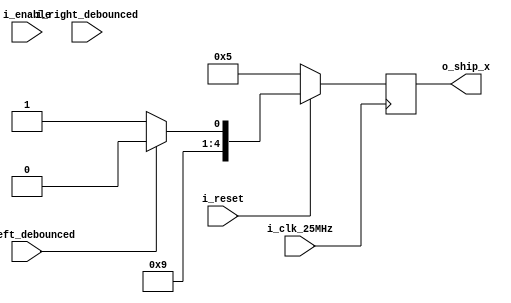
// Copyright (c) 2017-2018 Roland Coeurjoly
// This program is GPL Licensed. See LICENSE for the full license.

module ship(
	    input wire       i_clk_25MHz,
	    input wire       i_reset, //synchronous i_reset
	    input wire       i_left_debounced,
	    input wire       i_right_debounced,
	    input wire       i_enable,
	    output reg [4:0] o_ship_x
	          );

   reg [4:0]           next_x;
   reg [4:0]           i;

   localparam left_limit = 0;
   localparam i_reset_position = 5;
   localparam right_limit = 19;

   initial begin
      o_ship_x <= i_reset_position;
   end

   always @(posedge i_clk_25MHz) begin
      o_ship_x <= next_x;
   end

   always @(i_reset or i_left_debounced or i_right_debounced or i_enable or o_ship_x) begin
      if (i_reset == 0) begin
	       next_x <= i_reset_position;
	    end
      else begin
         for(i = left_limit; i <= right_limit; i = i + 1) begin
            if (i_left_debounced == 1) begin
               if (i == left_limit) begin
	                //Left limit
	                next_x = left_limit;
               end
               else begin
	                next_x = i - 1;
               end
            end
            else if (i_right_debounced == 1) begin
               if (i == right_limit) begin
                  //Right limit
	                next_x = right_limit;
               end
               else begin
	                next_x = i + 1;
               end
            end
            else begin
	             next_x = i;
            end // else: !if(i_right_debounced == 1)
         end // for (i = left_limit; i <= right_limit; i = i + 1)
      end // else: !if(i_reset == 0)
   end // always @ (i_reset or i_i_left_debounced or i_right_debounced or i_enable or current_state)

`ifdef FORMAL
always @(posedge i_clk_25MHz) begin
   assert (o_ship_x >= left_limit);
   assert (o_ship_x <= right_limit);
   assert (next_x >= left_limit);
   assert (next_x <= right_limit);
end
`endif
endmodule